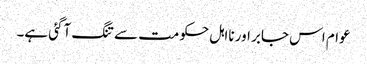
عوام اس جابر اور نااہل حکومت سے تنگ آگئی ہے۔